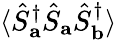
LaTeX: \langle\hat{S}_{\mathbf{a}}^{\dagger}\hat{S}_{\mathbf{a}}\hat{S}_{\mathbf{b}}^{\dagger}\rangle